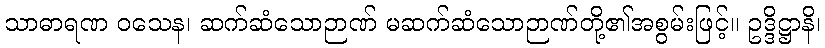
သာဓာရဏ ဝသေန၊ ဆက်ဆံသောဉာဏ် မဆက်ဆံသောဉာဏ်တို့၏အစွမ်းဖြင့်။ ဥဒ္ဒိဋ္ဌာနိ၊